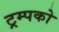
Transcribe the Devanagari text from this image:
ट्रम्पको